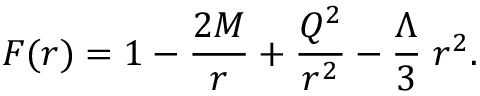
F ( r ) = 1 - { \frac { 2 M } { r } } + { \frac { Q ^ { 2 } } { r ^ { 2 } } } - { \frac { \Lambda } { 3 } } \; r ^ { 2 } .